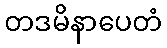
တဒမိနာပေတံ